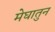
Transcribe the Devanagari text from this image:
मेघातुन